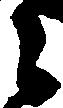
之